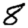
Digit: 8